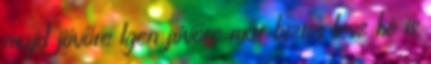
majd jövőre Igen jövőre már biztos lesz hó is